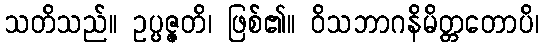
သတိသည်။ ဥပ္ပဇ္ဇတိ၊ ဖြစ်၏။ ဝိသဘာဂနိမိတ္တတောပိ၊